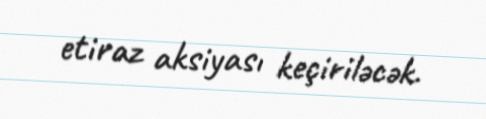
etiraz aksiyası keçiriləcək.